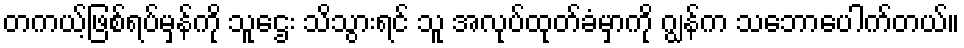
တကယ့်ဖြစ်ရပ်မှန်ကို သူဌေး သိသွားရင် သူ အလုပ်ထုတ်ခံမှာကို ဂျွန်က သဘောပေါက်တယ်။